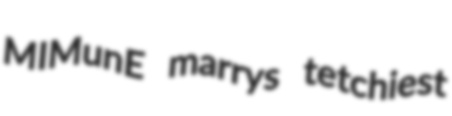
MIMunE marrys tetchiest